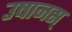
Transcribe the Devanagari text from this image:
उषानस्‌